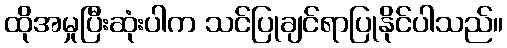
ထိုအမှုပြီးဆုံးပါက သင်ပြုချင်ရာပြုနိုင်ပါသည်။